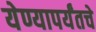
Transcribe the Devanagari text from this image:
येण्यापर्यंतचे